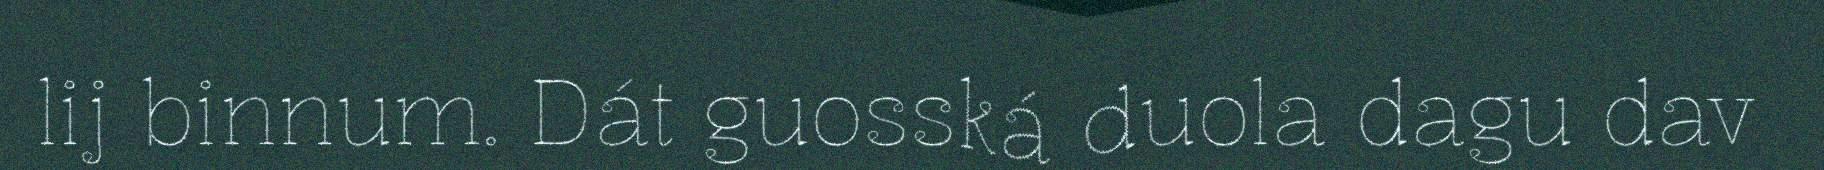
lij binnum. Dát guosská duola dagu dav